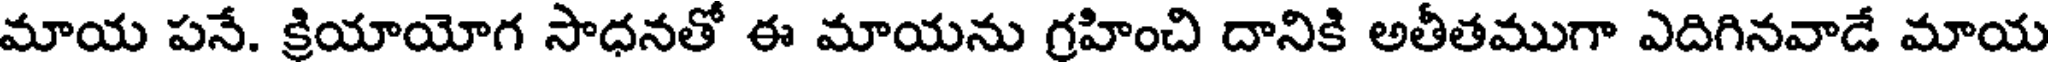
మాయ పనే. క్రియాయోగ సాధనతో ఈ మాయను గ్రహించి దానికి అతీతముగా ఎదిగినవాడే మాయ